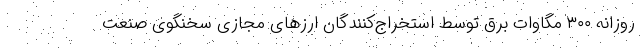
روزانه ۳۰۰ مگاوات برق توسط استخراج‌کنندگان ارزهای مجازی سخنگوی صنعت